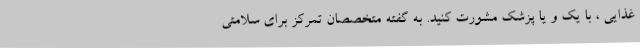
غذایی ، با یک و یا پزشک مشورت کنید. به گفته متخصصان تمرکز برای سلامتی